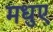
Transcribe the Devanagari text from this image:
मधुए